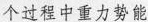
个过程中重力势能